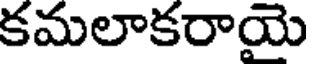
కమలాకరాయె